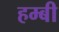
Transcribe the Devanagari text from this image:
हम्बी